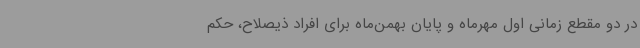
در دو مقطع زمانی اول مهرماه و پایان بهمن‌ماه برای افراد ذیصلاح، حکم